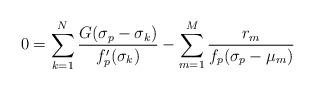
LaTeX: \begin{align*} 0 = \sum_{k=1}^N \frac{ G(\sigma_p - \sigma_k) } {f_p'(\sigma_k)} - \sum_{m=1}^M\frac{r_m}{f_p(\sigma_p-\mu_m)}\end{align*}